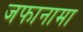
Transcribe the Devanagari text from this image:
जफानामा